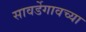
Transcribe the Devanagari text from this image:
सावर्डेगावच्या